Civil Veterinary Department Bengal reports 1923-33 - 1923-1933
Year: 1923
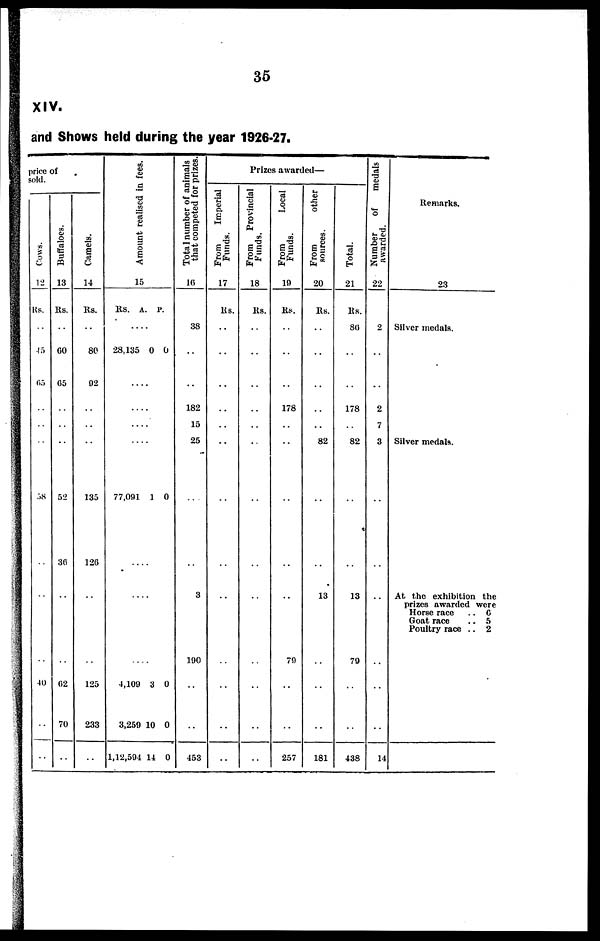
35
XIV.
and Shows held during the year 1926-27.
price of
sold.
Cows.
12
Rs.
..
45
65
..
..
..
58
..
..
..
40
..
..
Buffaloes.
13
Rs.
..
60
65
..
..
..
52
30
..
..
62
70
..
Camels.
14
Rs.
..
80
92
..
..
..
135
120
..
125
233
..
Amount realised in fees.
15
Rs.
....
28,135
....
....
....
....
77,091
....
....
....
4,109
3,259
1,12,594
A.
0
1
3
10
14
P.
0
0
0
0
0
Total
number of animals
that competed for prizes.
16
38
..
..
182
15
25
..
..
3
190
..
..
453
Prizes awarded—
From
Imperial
Funds.
17
Rs.
..
..
..
..
..
..
..
..
..
..
..
..
..
From
Provincial
Funds.
18
Rs.
..
..
..
..
..
..
..
..
..
..
..
..
..
From
Local
Funds.
19
Rs.
..
..
..
178
..
..
..
..
..
79
..
..
257
From
other
sources.
20
Rs.
..
..
..
..
..
82
..
..
13
..
..
..
181
Total.
21
Rs.
86
..
..
178
..
82
..
..
13
79
..
..
438
Number
of
medals
awarded.
22
2
..
..
2
7
3
..
..
..
..
..
..
14
Remarks.
23
Silver medals.
Silver medals.
At the exhibition the
prizes awarded were
Horse race
.. 6
Goat race
.. 5
Poultry race .. 2